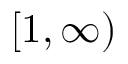
\lbrack 1 , \infty )